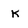
Character: K